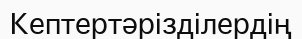
Кептертәрізділердің